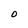
Character: O